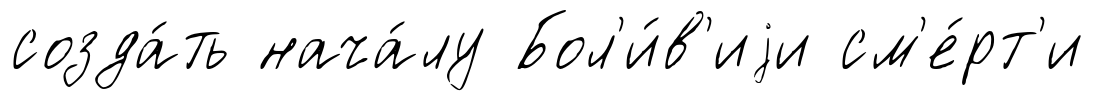
созда́ть нача́лу Бол'и́в'иjи см'е́рт'и